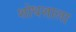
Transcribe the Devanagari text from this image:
शोधशाला